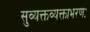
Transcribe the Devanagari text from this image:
सुव्यक्तव्यक्ताभरणः